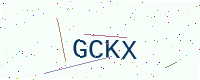
Text: GCKX